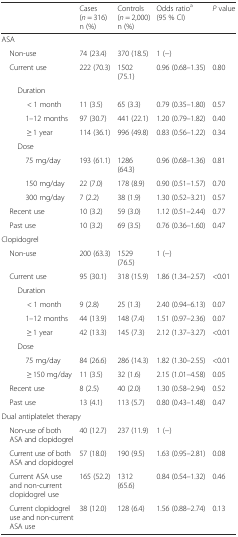
<table><thead><tr><td></td><td><b>Cases(<i>n</i> = 316)n (%)</b></td><td><b>Controls(<i>n</i> = 2,000)n (%)</b></td><td><b>Odds ratio<sup>a</sup>(95 % CI)</b></td><td><b><i>P</i> value</b></td></tr></thead><tbody><tr><td colspan="5">ASA</td></tr><tr><td> Non-use</td><td>74 (23.4)</td><td>370 (18.5)</td><td>1 (−)</td><td></td></tr><tr><td> Current use</td><td>222 (70.3)</td><td>1502 (75.1)</td><td>0.96 (0.68–1.35)</td><td>0.80</td></tr><tr><td colspan="5">Duration</td></tr><tr><td>&lt; 1 month</td><td>11 (3.5)</td><td>65 (3.3)</td><td>0.79 (0.35–1.80)</td><td>0.57</td></tr><tr><td>1–12 months</td><td>97 (30.7)</td><td>441 (22.1)</td><td>1.20 (0.79–1.82)</td><td>0.40</td></tr><tr><td>≥ 1 year</td><td>114 (36.1)</td><td>996 (49.8)</td><td>0.83 (0.56–1.22)</td><td>0.34</td></tr><tr><td colspan="5">Dose</td></tr><tr><td>75 mg/day</td><td>193 (61.1)</td><td>1286 (64.3)</td><td>0.96 (0.68–1.36)</td><td>0.81</td></tr><tr><td>150 mg/day</td><td>22 (7.0)</td><td>178 (8.9)</td><td>0.90 (0.51–1.57)</td><td>0.70</td></tr><tr><td>300 mg/day</td><td>7 (2.2)</td><td>38 (1.9)</td><td>1.30 (0.52–3.21)</td><td>0.57</td></tr><tr><td> Recent use</td><td>10 (3.2)</td><td>59 (3.0)</td><td>1.12 (0.51–2.44)</td><td>0.77</td></tr><tr><td> Past use</td><td>10 (3.2)</td><td>69 (3.5)</td><td>0.76 (0.36–1.60)</td><td>0.47</td></tr><tr><td colspan="5">Clopidogrel</td></tr><tr><td> Non-use</td><td>200 (63.3)</td><td>1529 (76.5)</td><td>1 (−)</td><td></td></tr><tr><td> Current use</td><td>95 (30.1)</td><td>318 (15.9)</td><td>1.86 (1.34–2.57)</td><td>&lt;0.01</td></tr><tr><td colspan="5">Duration</td></tr><tr><td>&lt; 1 month</td><td>9 (2.8)</td><td>25 (1.3)</td><td>2.40 (0.94–6.13)</td><td>0.07</td></tr><tr><td>1–12 months</td><td>44 (13.9)</td><td>148 (7.4)</td><td>1.51 (0.97–2.36)</td><td>0.07</td></tr><tr><td>≥ 1 year</td><td>42 (13.3)</td><td>145 (7.3)</td><td>2.12 (1.37–3.27)</td><td>&lt;0.01</td></tr><tr><td colspan="5">Dose</td></tr><tr><td>75 mg/day</td><td>84 (26.6)</td><td>286 (14.3)</td><td>1.82 (1.30–2.55)</td><td>&lt;0.01</td></tr><tr><td>≥ 150 mg/day</td><td>11 (3.5)</td><td>32 (1.6)</td><td>2.15 (1.01–4.58)</td><td>0.05</td></tr><tr><td> Recent use</td><td>8 (2.5)</td><td>40 (2.0)</td><td>1.30 (0.58–2.94)</td><td>0.52</td></tr><tr><td> Past use</td><td>13 (4.1)</td><td>113 (5.7)</td><td>0.80 (0.43–1.48)</td><td>0.47</td></tr><tr><td colspan="5">Dual antiplatelet therapy</td></tr><tr><td> Non-use of both ASA and clopidogrel</td><td>40 (12.7)</td><td>237 (11.9)</td><td>1 (−)</td><td></td></tr><tr><td> Current use of both ASA and clopidogrel</td><td>57 (18.0)</td><td>190 (9.5)</td><td>1.63 (0.95–2.81)</td><td>0.08</td></tr><tr><td> Current ASA use and non-current clopidogrel use</td><td>165 (52.2)</td><td>1312 (65.6)</td><td>0.84 (0.54–1.32)</td><td>0.46</td></tr><tr><td> Current clopidogrel use and non-current ASA use</td><td>38 (12.0)</td><td>128 (6.4)</td><td>1.56 (0.88–2.74)</td><td>0.13</td></tr></tbody></table>